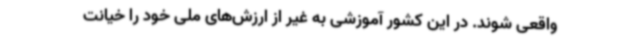
واقعی شوند. در این کشور آموزشی به غیر از ارزش‌های ملی خود را خیانت